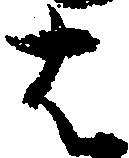
は